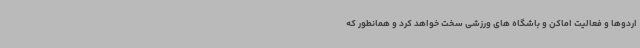
اردوها و فعالیت اماکن و باشگاه های ورزشی سخت خواهد کرد و همانطور که